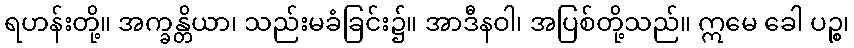
ရဟန်းတို့။ အက္ခန္တိယာ၊ သည်းမခံခြင်း၌။ အာဒီနဝါ၊ အပြစ်တို့သည်။ ဣမေ ခေါ ပဉ္စ၊